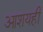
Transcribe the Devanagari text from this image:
आशयही